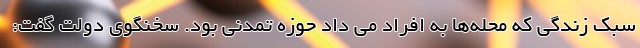
سبک زندگی که محله‌ها به افراد می داد حوزه تمدنی بود. سخنگوی دولت گفت: